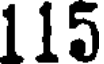
115